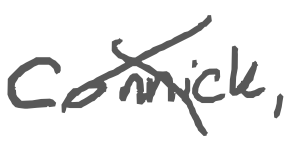
Text: Connick,
Cross-out: cross
Writing tool: digital_gray